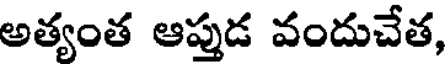
అత్యంత ఆప్పుడ వందుచేత,